Bréfritari: Sigurbjörg Einarsdóttir
Viðtakandi: Jón Borgfirðings Jónsson
Dagsetning: A-1876-01-29
Skrifað á: Akureyri  Eyf.

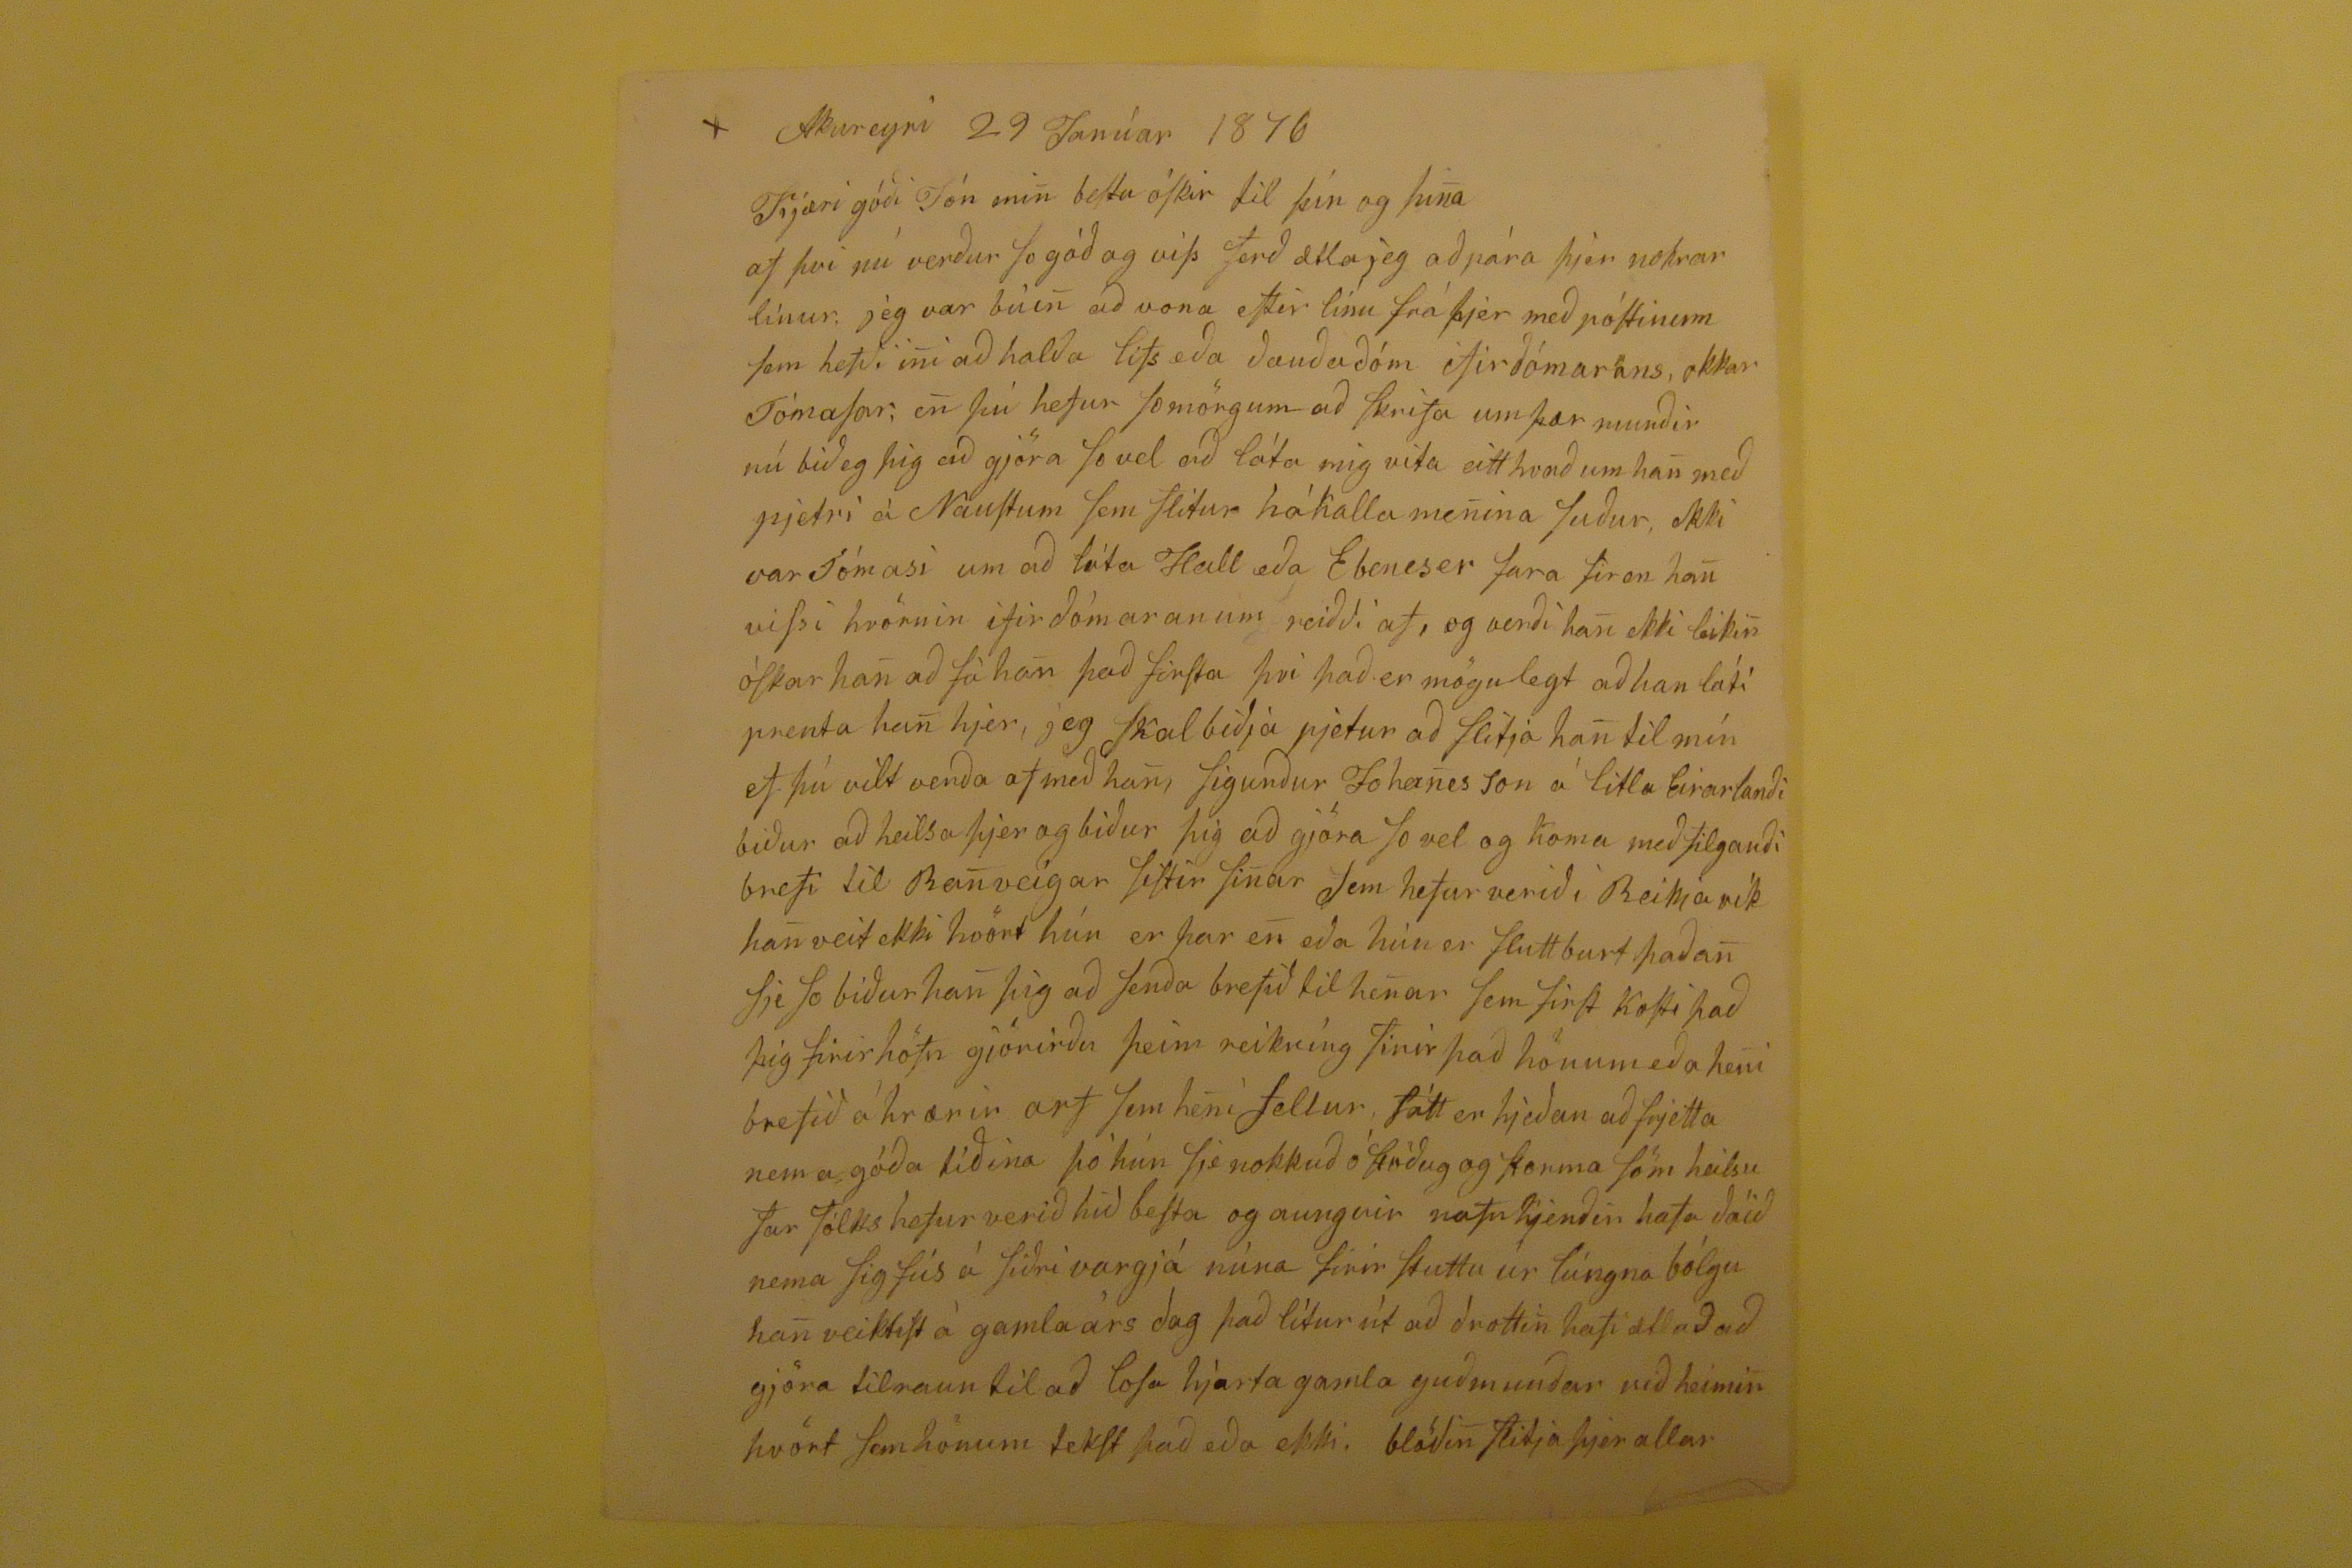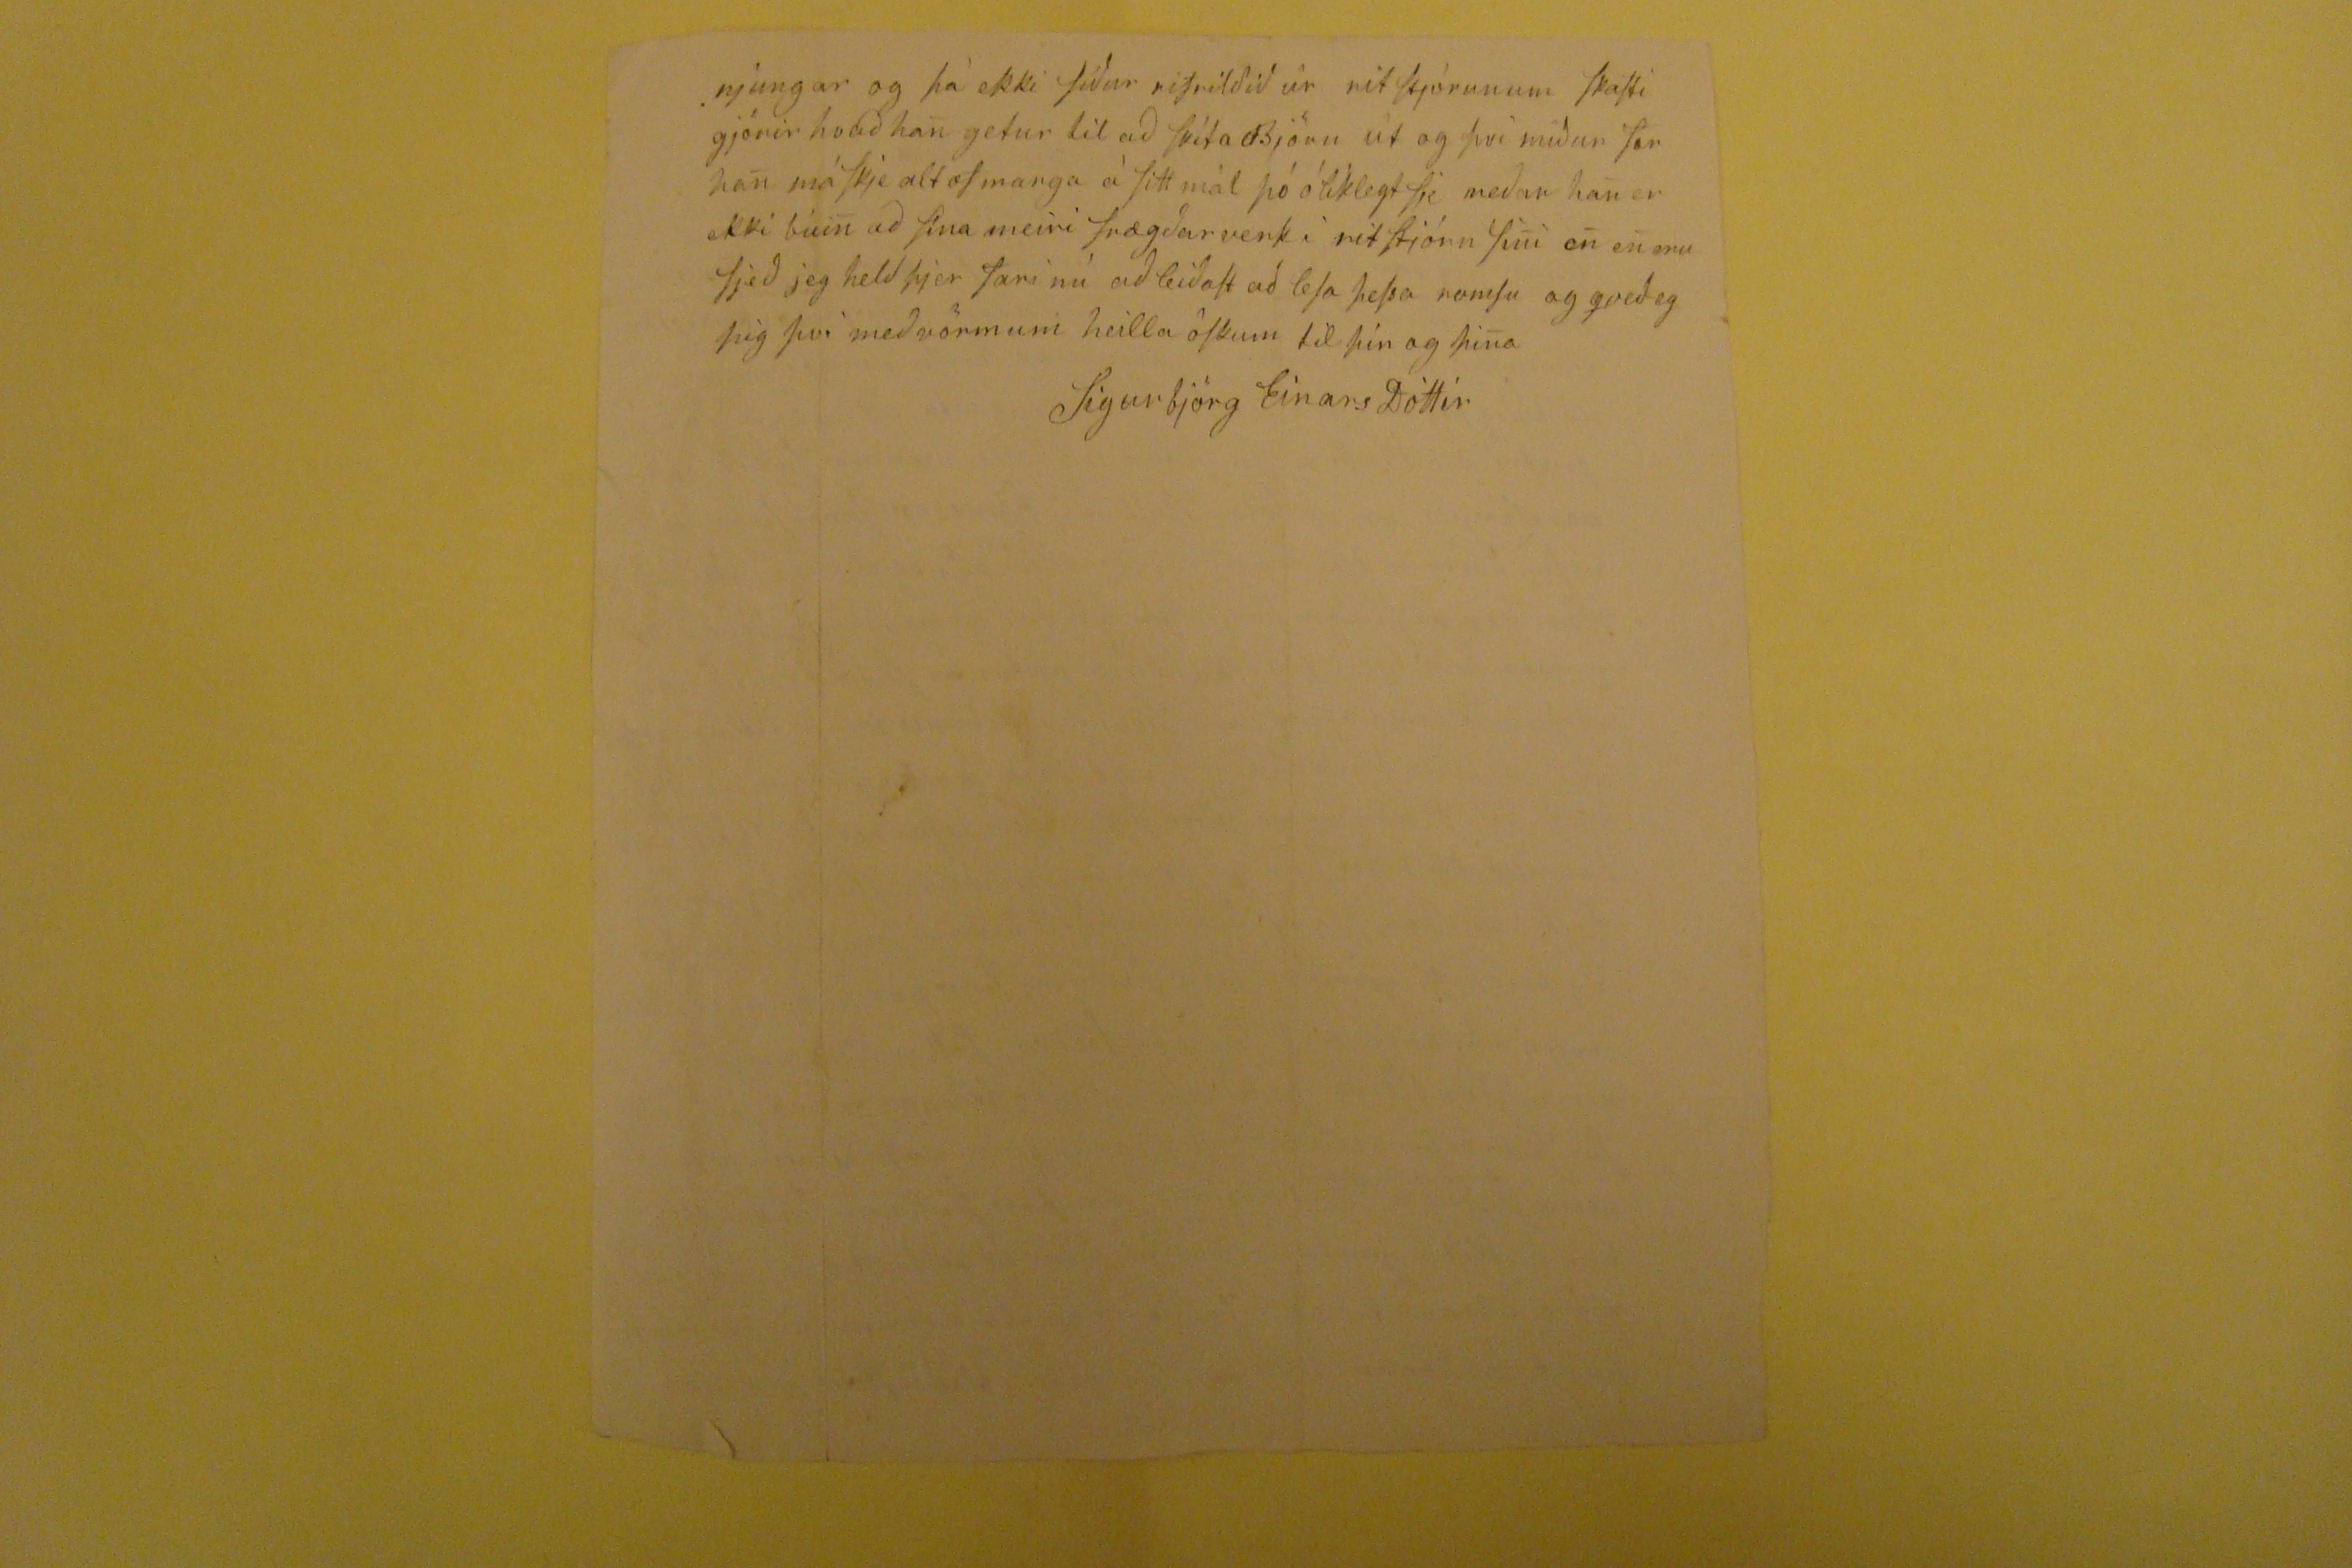

Akureyri 29 Janúar 1876
Kjæri góði Jón min bestu óskir til þín og þina
af þvi nú verður so góð og viss ferð ætla jeg að pára þjer nokrar línur. jeg var búin að vona eftir línu frá þjer með póstinum sem hefði ini að halda lifs eða ðauðaðóm eftir ðómarans, okkar Tómasar, en þú hefu rso mörgum að skrifa um þær munðir nú bið eg þi gað gjöra so vel að láta mig vita eitthvað um han með pjetri á Naustum sem slitur hákalla menina suður, ekki var Tómasi um að láta Hall eða Ebeneser fara firen han vissi hvörnin ifir ðómaranum reiðði af, og verði han ekki leikin óskar han að fá han það firsta þvi það er mögulegt að han láti prenta han hjer, jeg skal biðja pjetur að flitja han til mín ef þú vilt venða af með han, Sigurður Johanesson á litla Eirarlanði biður að heilsa þjer og ibður þig að gjöra so vel og koma með tilganði brefi til RAnveigar sistir sinar sem hefur verið i Reikjavík han veit ekki hvört hún er þar en eða hún er flutt burt þaðan sje so biður han þig að senða brefið til henar sem first Kosti það þig firir höfn gjörirðu þeim reikníng firir það hönum eða heni brefið á hrærir
orf
sem heni fellur, fátt er hjeðan að frjetta nema góða tiðina þó hún sje nokkuð óstöðug og
korma
söm heilsu far fólks hefur veirð hið besta og aungvir nafn kjenðir hafa ðáið nema Sigfús á Siðri vargjá núna firir stuttu úr lúngna bólgu han veiktist á gamla árs dag það lítur út að drottin hafi ætlað að gjöra tilraun til að lofa hjarta gamla guðmumðar við heimin hvört sem hönum tekst það eða ekki, blöðin
flitja
þjer allar
njungar og þá ekki síður rifrilðið úr ritstjórunum skafti gjörir hvað han getur til að skíta Björn út og því miður fær han máskje alt of marga á sitt mál þó ólíklegt sje meðan han er ekki búin að sína meiri frægðarverk i ritstjórn sini en en eru sjeð jeg held þjer fari nú að leiðast að lesa þessa romsu og qveðeg þig þvi með vörmum heilla óskum til þín og þina
Sigurbjörg EinarsDóttir